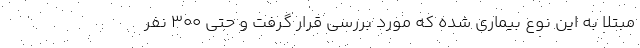
مبتلا به این نوع بیماری شده که مورد بررسی قرار گرفت و حتی ۳۰۰ نفر